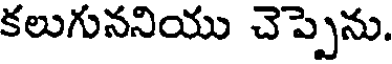
కలుగుననియు చెప్పెను.